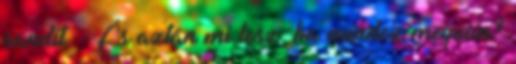
sandít. - És aztán mi lesz, ha mindez megvan?